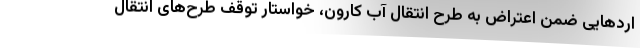
اردهایی ضمن اعتراض به طرح انتقال آب کارون، خواستار توقف طرح‌های انتقال